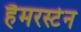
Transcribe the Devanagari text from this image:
हैमरस्टेन